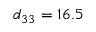
d _ { 3 3 } = 1 6 . 5